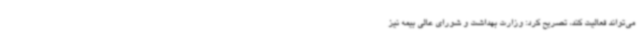
می‌تواند فعالیت کند، تصریح کرد: وزارت بهداشت و شورای عالی بیمه نیز